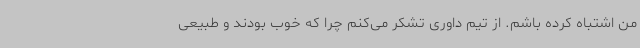
من اشتباه کرده باشم. از تیم داوری تشکر می‌کنم چرا که خوب بودند و طبیعی